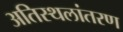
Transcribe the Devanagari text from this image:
अतिस्थलांतरण